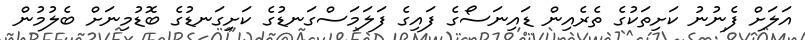
އަލަށް ފެނުނު ކަށިތަކުގެ ތެރެއިން ޑައިނަސޯގެ ފައިގެ ފަލަމަސްގަނޑުގެ ކަށިގަނޑުގެ ބޮޑުމިނަށް ބެލުމުން